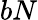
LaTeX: bN